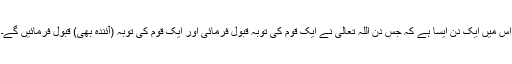
اس میں ایک دن ایسا ہے کہ جس دن اللہ تعالیٰ نے ایک قوم کی توبہ قبول فرمائی اور ایک قوم کی توبہ (آئندہ بھی) قبول فرمائیں گے۔